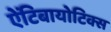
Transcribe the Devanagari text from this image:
ऐंटिबायोटिक्स